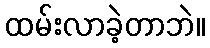
ထမ်းလာခဲ့တာဘဲ။